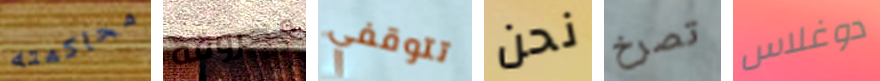
محاكمته محروقة تتوقفي نحن تصرخ دوغلاس